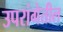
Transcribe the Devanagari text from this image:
उपरांगेतील